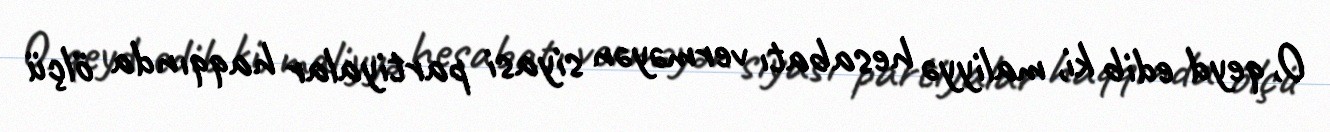
O, qeyd edib ki, maliyyə hesabatı verməyən siyasi partiyalar haqqında ölçü